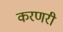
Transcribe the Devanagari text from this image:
करणरी